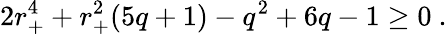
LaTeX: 2r_{+}^{4}+r_{+}^{2}(5q+1)-q^{2}+6q-1\ge 0\ .